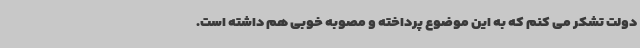
دولت تشکر می کنم که به این موضوع پرداخته و مصوبه خوبی هم داشته است.